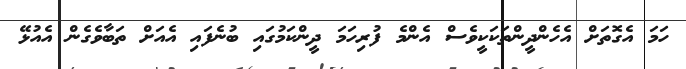
ހަމަ އެގޮތަށް އެހެންދީންތަކަކީވެސް އެންމެ ފުރިހަމަ ދީންކަމުގައި ބުނެފައި އެއަށް ތަބާވެގެން އެއުޅޭ